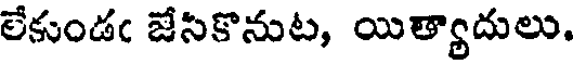
లేకుండఁ జేసికొనుట, యిత్యాదులు.